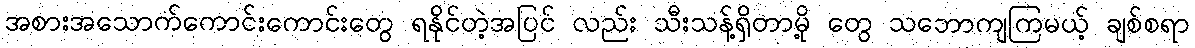
အစားအသောက်ကောင်းကောင်းတွေ ရနိုင်တဲ့အပြင် လည်း သီးသန့်ရှိတာမို့ တွေ သဘောကျကြမယ့် ချစ်စရာ